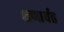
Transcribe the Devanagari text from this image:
क्षणार्यंत